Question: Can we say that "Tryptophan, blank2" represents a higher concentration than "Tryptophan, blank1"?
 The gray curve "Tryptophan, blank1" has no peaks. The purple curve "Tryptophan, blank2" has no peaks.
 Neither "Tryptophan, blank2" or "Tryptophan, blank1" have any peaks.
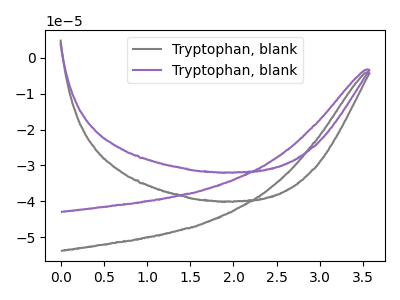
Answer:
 <answer>I cant tell if "Tryptophan, blank2" or "Tryptophan, blank1" has higher concentration.</answer>
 <eval>mixed_concentration</eval>